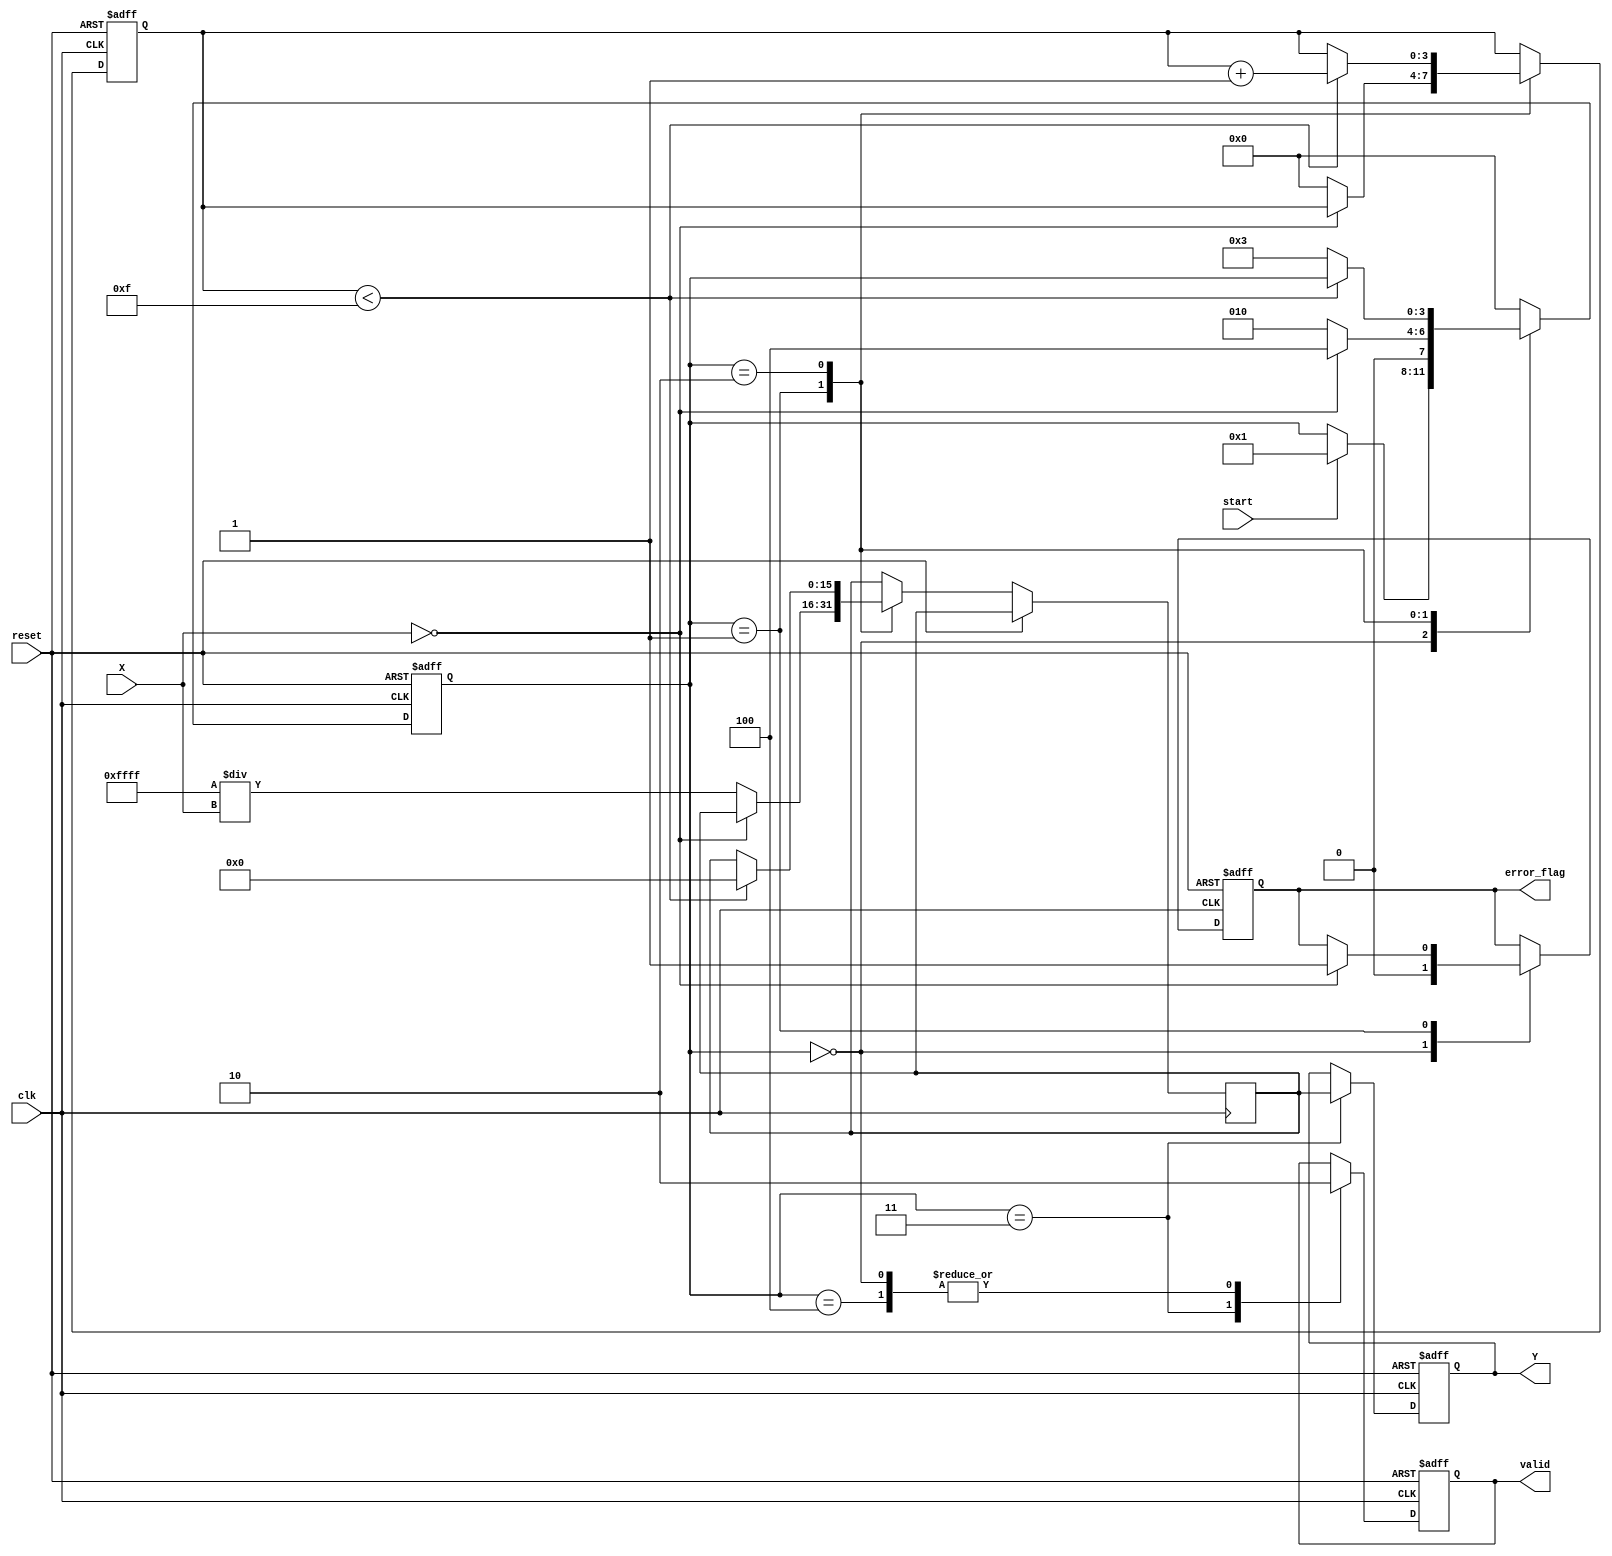
module DirectReciprocalUnit (
    input  wire        clk,          // Clock signal
    input  wire        reset,        // Reset signal
    input  wire        start,        // Start signal for computation
    input  wire [15:0] X,            // Input data (16-bit fixed-point)
    output reg  [15:0] Y,            // Reciprocal result (16-bit fixed-point)
    output reg         valid,        // Output valid signal
    output reg         error_flag     // Error flag signal
);

    reg [15:0] reciprocal;            // Internal register for the reciprocal
    reg [3:0] state;                  // State register for FSM
    reg [3:0] iteration;              // Iteration counter for the algorithm

    // State encoding
    localparam IDLE        = 4'b0000;
    localparam CHECK_ZERO  = 4'b0001;
    localparam CALCULATE   = 4'b0010;
    localparam OUTPUT      = 4'b0011;
    localparam ERROR       = 4'b0100;

    // Initial conditions
    initial begin
        Y = 16'b0;
        valid = 1'b0;
        error_flag = 1'b0;
        state = IDLE;
        iteration = 4'b0;
    end

    // State machine for controlling the DRU
    always @(posedge clk or posedge reset) begin
        if (reset) begin
            Y <= 16'b0;
            valid <= 1'b0;
            error_flag <= 1'b0;
            state <= IDLE;
            iteration <= 4'b0;
        end else begin
            case (state)
                IDLE: begin
                    valid <= 1'b0;
                    error_flag <= 1'b0;
                    if (start) begin
                        state <= CHECK_ZERO;
                    end
                end

                CHECK_ZERO: begin
                    if (X == 16'b0) begin
                        error_flag <= 1'b1; // Set error flag for division by zero
                        state <= ERROR;
                    end else begin
                        reciprocal <= 16'hFFFF / X; // Initial approximation (Q16 format)
                        iteration <= 4'b0;
                        state <= CALCULATE;
                    end
                end

                CALCULATE: begin
                    if (iteration < 4'b1111) begin // Limit iterations to avoid infinite loop
                        reciprocal <= reciprocal * (16'hFFFF - X * reciprocal) >> 16; // Newton-Raphson iteration
                        iteration <= iteration + 1;
                    end else begin
                        state <= OUTPUT; // Move to output state after iterations
                    end
                end

                OUTPUT: begin
                    Y <= reciprocal; // Store the final result
                    valid <= 1'b1;   // Assert valid signal
                    state <= IDLE;   // Return to IDLE state
                end

                ERROR: begin
                    valid <= 1'b0;   // Invalid output in case of error
                    state <= IDLE;   // Return to IDLE state
                end

                default: state <= IDLE; // Default case
            endcase
        end
    end

endmodule